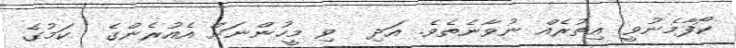
ކޯފާމެނުވީ އިތުރެއް ނުވާނެތެވެ. އަދި  ވި މީހުންނަށް އެއުރެންގެ  ކަމުގެ